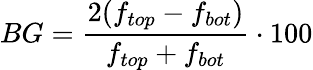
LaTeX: BG=\frac{2(f_{top}-f_{bot})}{f_{top}+f_{bot}}\cdot 100